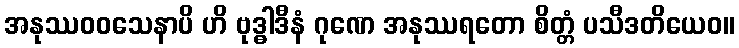
အနုဿဝဝသေနာပိ ဟိ ဗုဒ္ဓါဒီနံ ဂုဏေ အနုဿရတော စိတ္တံ ပသီဒတိယေဝ။